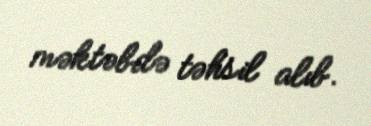
məktəbdə təhsil alıb.